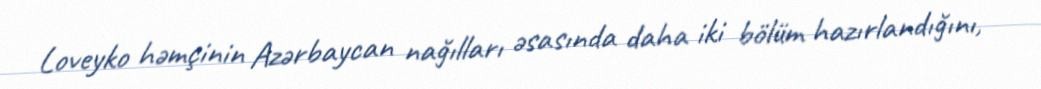
Loveyko həmçinin Azərbaycan nağılları əsasında daha iki bölüm hazırlandığını,